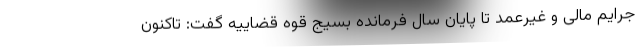
جرایم مالی و غیرعمد تا پایان سال فرمانده بسیج قوه قضاییه گفت: تاکنون